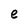
Character: e